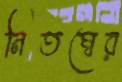
নিতম্বের